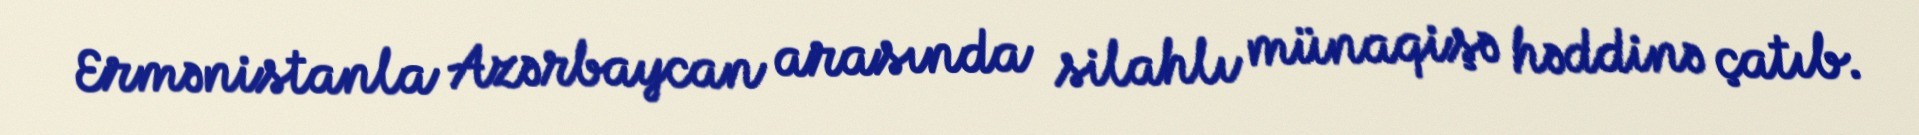
Ermənistanla Azərbaycan arasında silahlı münaqişə həddinə çatıb.